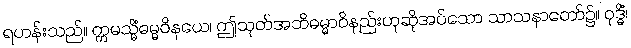
ရဟန်းသည်။ ဣမသ္မိံဓမ္မဝိနယေ၊ ဤသုတ်အဘိဓမ္မာဝိနည်းဟုဆိုအပ်သော သာသနာတော်၌။ ဝုဒ္ဓိံ၊